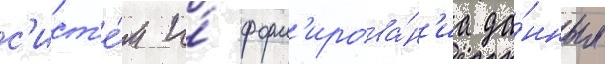
с'ист'е́м и́ форм'ирова́н'иа да́нных